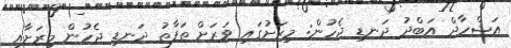
އަޝްހާދް އަބްދު ދަނޑި ޖެހުން: މިރަށުގައި ވަރަށް ތަފާތު ދަނޑި ޖެހުން މިރަށާއި